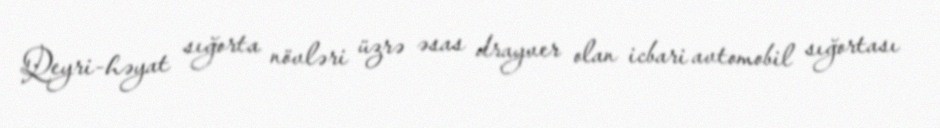
Qeyri-həyat sığorta növləri üzrə əsas drayver olan icbari avtomobil sığortası